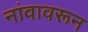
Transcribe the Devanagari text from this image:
नांवावरून